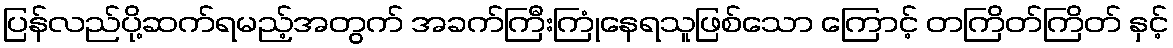
ပြန်လည်ပို့ဆက်ရမည့်အတွက် အခက်ကြီးကြုံနေရသူဖြစ်သော ကြောင့် တကြိတ်ကြိတ် နှင့်